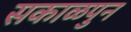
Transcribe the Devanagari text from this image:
सकाळपुन